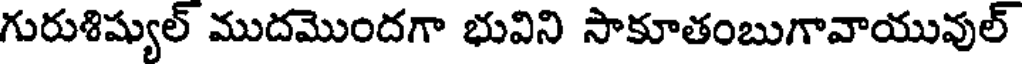
గురుశిష్యుల్ ముదమొందగా భువిని సాకూతంబుగావాయువుల్